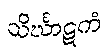
သိင်္ဃာဋကံ